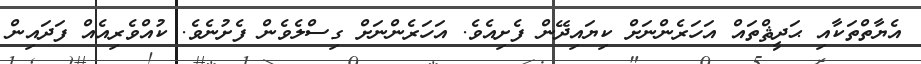
އެޔާތްތަކާއި ޙަދީޘްތައް އަހަރެންނަށް ކިޔައިދޭން ފެށިއެވެ. އަހަރެންނަށް ގިސްލެވެން ފެށުނެވެ. ކުއްވެރިއެއް ފަދައިން